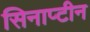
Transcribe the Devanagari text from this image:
सिनाप्टीन